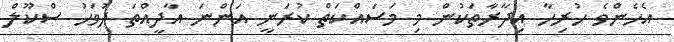
އެހެންވެ ހުރިހާ އިދާރާތަކުން މި މަސައްކަތް ކުރަނީ އަންނަ އާދީއްތަ ދުވަހު ސްކޫލް